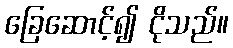
ခြေဆောင့်၍ ငိုသည်။